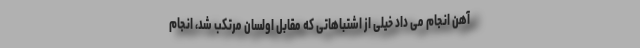
آهن انجام می داد خیلی از اشتباهاتی که مقابل اولسان مرتکب شد، انجام